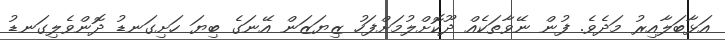
އަޅާބަލާއިރު މަދެވެ. ފުން ނޭވާތަކެއް ދޫކޮށްލުމަށްފަހު ޒިޔަޒަން އޭނަގެ ބިޔަ ހަށިގަނޑު ދޮންވެލިގަނޑު